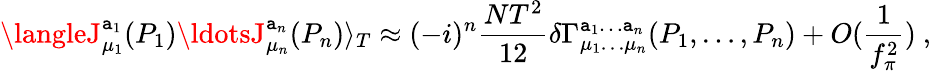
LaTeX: \langleJ_{\mu_{1}}^{\mathtt{a}_{1}}(P_{1})\ldotsJ_{\mu_{n}}^{\mathtt{a}_{n}}(P_{n})\rangle_{T}\approx(-i)^{n}\frac{{NT^{2}}}{{12}}\delta\Gamma_{\mu_{1}\ldots\mu_{n}}^{\mathtt{a}_{1}\ldots\mathtt{a}_{n}}(P_{1},\ldots,P_{n})+O(\frac{{1}}{{f_{\pi}^{2}}})\ ,